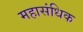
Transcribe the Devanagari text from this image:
महासंधिक